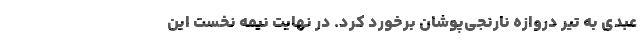
عبدی به تیر دروازه نارنجی‌پوشان برخورد کرد. در نهایت نیمه نخست این